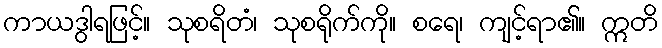
ကာယဒွါရဖြင့်။ သုစရိတံ၊ သုစရိုက်ကို။ စရေ၊ ကျင့်ရာ၏။ ဣတိ